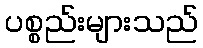
ပစ္စည်းများသည်